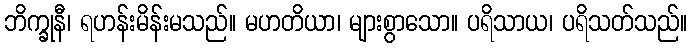
ဘိက္ခုနီ၊ ရဟန်းမိန်းမသည်။ မဟတိယာ၊ များစွာသော။ ပရိသာယ၊ ပရိသတ်သည်။